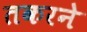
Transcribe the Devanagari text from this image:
तकरने